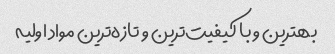
بهترین و با کیفیت‌ترین و تازه‌ترین مواد اولیه